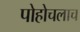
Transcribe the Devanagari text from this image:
पोहोचलाच